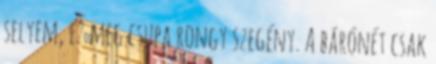
selyem, ez meg csupa rongy szegény. A bárónét csak